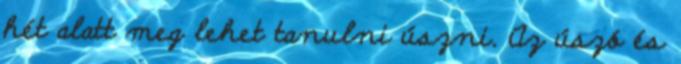
hét alatt meg lehet tanulni úszni. Az úszó és